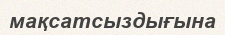
мақсатсыздығына